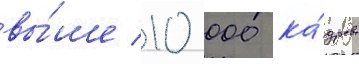
вы́ше 10 000 ка́дров